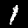
Digit: 1